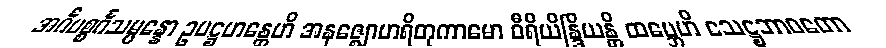
အင်္ဂပစ္စင်္ဂသမ္ပန္နော ဥပဋ္ဌဟန္တေဟိ အနဇ္ဈောဟရိတုကာမော ဝီရိယိန္ဒြိယန္တိ ထမ္ဘေဟိ သေဋ္ဌဘာဝတော